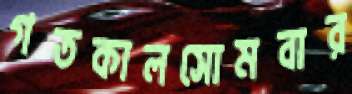
গতকালসোমবার